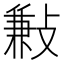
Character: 㪠